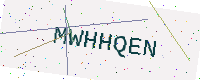
Text: MWHHQEN